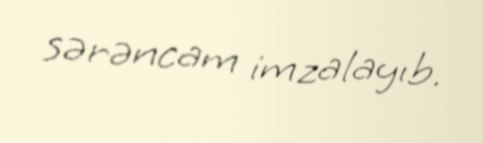
sərəncam imzalayıb.